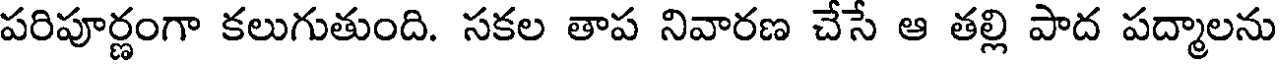
పరిపూర్ణంగా కలుగుతుంది. సకల తాప నివారణ చేసే ఆ తల్లి పాద పద్మాలను